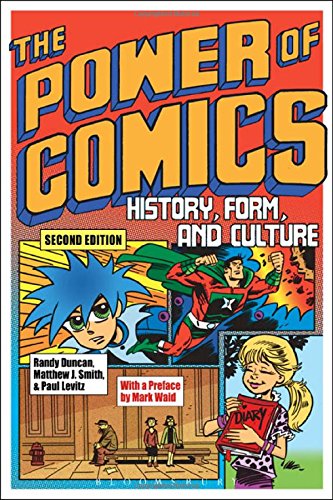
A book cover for The Power of Comics: History, Form, and Culture; Randy Duncan; Comics & Graphic Novels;